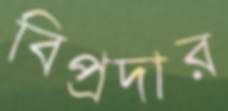
বিপ্রদার